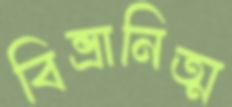
বিভ্রানিত্ম